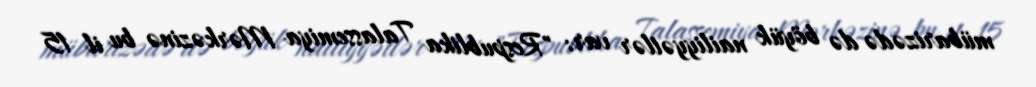
mübarizədə də böyük nailiyyətlər var: "Respublika Talassemiya Mərkəzinə bu il 15